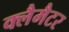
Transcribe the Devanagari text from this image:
क्लैमैटर